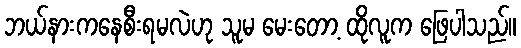
ဘယ်နားကနေစီးရမလဲဟု သူမ မေးတော့ ထိုလူက ဖြေပါသည်။